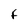
Character: f